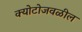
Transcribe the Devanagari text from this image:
क्योटोजवळील